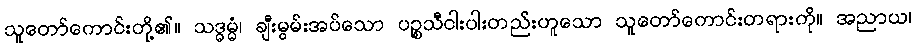
သူတော်ကောင်းတို့၏။ သဒ္ဓမ္မံ၊ ချီးမွမ်းအပ်သော ပဉ္စသီငါးပါးတည်းဟူသော သူတော်ကောင်းတရားကို။ အညာယ၊